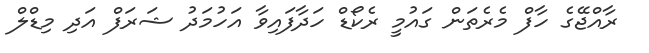
ރާއްޖޭގެ ހާފް މެރެތަން ގައުމީ ރެކޯޑް ހަދާފައިވާ އަހުމަދު ޝަރަފް އަދި މިޑްލް